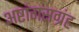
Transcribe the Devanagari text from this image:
अष्टांगसग्रंह